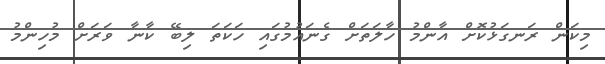
މިކަން ރަނގަޅުކޮށް އާންމު ހާލަތަށް ގެނައުމުގައި ހަކަތަ ލިބޭ ކާނާ ވަރަށް މުހިންމު